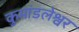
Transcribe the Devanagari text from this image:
कुमांडलेश्वर